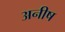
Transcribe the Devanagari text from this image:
अनीष